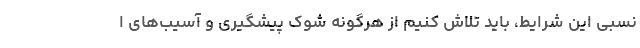
نسبی این شرایط، باید تلاش کنیم از هرگونه شوک پیشگیری و آسیب‌های ا